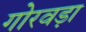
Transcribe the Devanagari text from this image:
गोरवड़ा